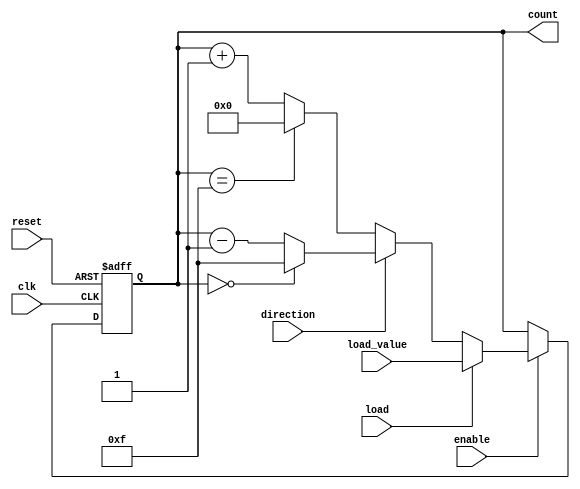
module ChainedParallelCounter (
    input wire clk,            // Clock input
    input wire reset,          // Asynchronous reset
    input wire enable,         // Enable signal
    input wire load,           // Load signal
    input wire [N-1:0] load_value, // Value to load into the counter
    input wire direction,      // Counting direction: 0 for up, 1 for down
    output reg [N-1:0] count   // Current count output
);
    parameter N = 4; // Number of bits for the counter

    // Sequential logic for the counter
    always @(posedge clk or posedge reset) begin
        if (reset) begin
            count <= 0; // Reset the counter to zero
        end else if (enable) begin
            if (load) begin
                count <= load_value; // Load specified value
            end else begin
                // Up or down counting
                if (direction == 0) begin
                    if (count == (2**N - 1)) begin
                        count <= 0; // Roll over to zero
                    end else begin
                        count <= count + 1; // Increment count
                    end
                end else begin
                    if (count == 0) begin
                        count <= (2**N - 1); // Roll over to max value
                    end else begin
                        count <= count - 1; // Decrement count
                    end
                end
            end
        end
    end
endmodule